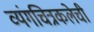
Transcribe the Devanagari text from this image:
व्यंगचित्रकलेची